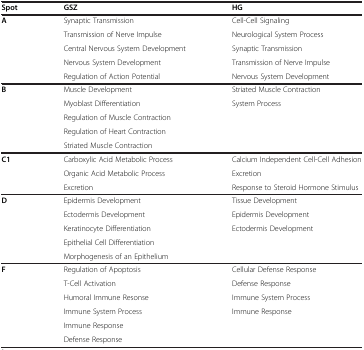
<table><thead><tr><td><b>Spot</b></td><td><b>GSZ</b></td><td><b>HG</b></td></tr></thead><tbody><tr><td><b>A</b></td><td>Synaptic Transmission</td><td>Cell-Cell Signaling</td></tr><tr><td> </td><td>Transmission of Nerve Impulse</td><td>Neurological System Process</td></tr><tr><td> </td><td>Central Nervous System Development</td><td>Synaptic Transmission</td></tr><tr><td> </td><td>Nervous System Development</td><td>Transmission of Nerve Impulse</td></tr><tr><td> </td><td>Regulation of Action Potential</td><td>Nervous System Development</td></tr><tr><td><b>B</b></td><td>Muscle Development</td><td>Striated Muscle Contraction</td></tr><tr><td> </td><td>Myoblast Differentiation</td><td>System Process</td></tr><tr><td> </td><td>Regulation of Muscle Contraction</td><td> </td></tr><tr><td> </td><td>Regulation of Heart Contraction</td><td> </td></tr><tr><td> </td><td>Striated Muscle Contraction</td><td> </td></tr><tr><td><b>C1</b></td><td>Carboxylic Acid Metabolic Process</td><td>Calcium Independent Cell-Cell Adhesion</td></tr><tr><td> </td><td>Organic Acid Metabolic Process</td><td>Excretion</td></tr><tr><td> </td><td>Excretion</td><td>Response to Steroid Hormone Stimulus</td></tr><tr><td><b>D</b></td><td>Epidermis Development</td><td>Tissue Development</td></tr><tr><td> </td><td>Ectodermis Development</td><td>Epidermis Development</td></tr><tr><td> </td><td>Keratinocyte Differentiation</td><td>Ectodermis Development</td></tr><tr><td> </td><td>Epithelial Cell Differentiation</td><td> </td></tr><tr><td> </td><td>Morphogenesis of an Epithelium</td><td> </td></tr><tr><td><b>F</b></td><td>Regulation of Apoptosis</td><td>Cellular Defense Response</td></tr><tr><td> </td><td>T-Cell Activation</td><td>Defense Response</td></tr><tr><td> </td><td>Humoral Immune Resonse</td><td>Immune System Process</td></tr><tr><td> </td><td>Immune System Process</td><td>Immune Response</td></tr><tr><td> </td><td>Immune Response</td><td> </td></tr><tr><td> </td><td>Defense Response</td><td> </td></tr></tbody></table>